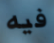
فيه